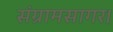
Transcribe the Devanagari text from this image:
संग्रामसागर।